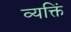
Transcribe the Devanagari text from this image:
व्यक्तिं